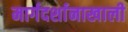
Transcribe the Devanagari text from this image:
मार्गदर्शानाखाली